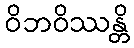
ဝိဘဝိဿန္တိ